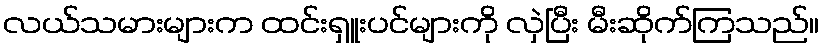
လယ်သမားများက ထင်းရှူးပင်များကို လှဲပြီး မီးဆိုက်ကြသည်။